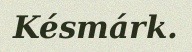
Késmárk.